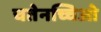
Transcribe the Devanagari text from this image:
चतेनच्चिओ